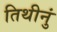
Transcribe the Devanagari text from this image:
तिथीनुं